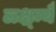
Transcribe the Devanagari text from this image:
लक्ष्म्यै